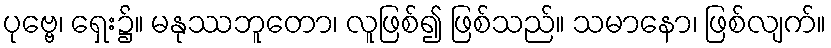
ပုဗ္ဗေ၊ ရှေး၌။ မနုဿဘူတော၊ လူဖြစ်၍ ဖြစ်သည်။ သမာနော၊ ဖြစ်လျက်။